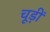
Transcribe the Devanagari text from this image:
चूड़ीं